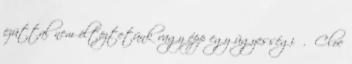
ezúttal nem öltöztetünk vagy épp egy ügyességi . Cloe